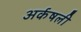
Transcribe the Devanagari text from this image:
अर्कषली